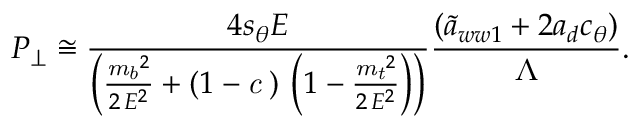
P _ { \perp } \; { \cong } \; { \frac { 4 s _ { \theta } E } { { \left( { \frac { { { { \it m _ { b } } } ^ { 2 } } } { 2 \, { E ^ { 2 } } } } + \left( 1 - { \it c _ { \theta } } \right) \, \left( 1 - { \frac { { { { \it m _ { t } } } ^ { 2 } } } { 2 \, { E ^ { 2 } } } } \right) \right) } } } { \frac { \left( { \tilde { a } } _ { w w 1 } + 2 a _ { d } c _ { \theta } \right) } { \Lambda } } . \nonumber